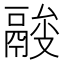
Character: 𩰼